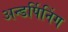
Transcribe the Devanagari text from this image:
अन्डर्पिनिंग